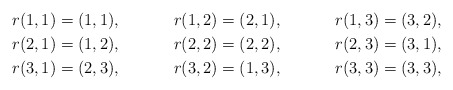
\begin{align*} &r(1,1)=(1,1), && r(1,2)=(2,1), && r(1,3)=(3,2),\\&r(2,1)=(1,2), && r(2,2)=(2,2), && r(2,3)=(3,1),\\&r(3,1)=(2,3), && r(3,2)=(1,3), && r(3,3)=(3,3),\end{align*}